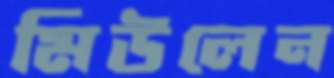
মিউলেন